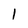
Character: 1